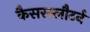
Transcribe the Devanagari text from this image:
कैसरस्लौटर्न